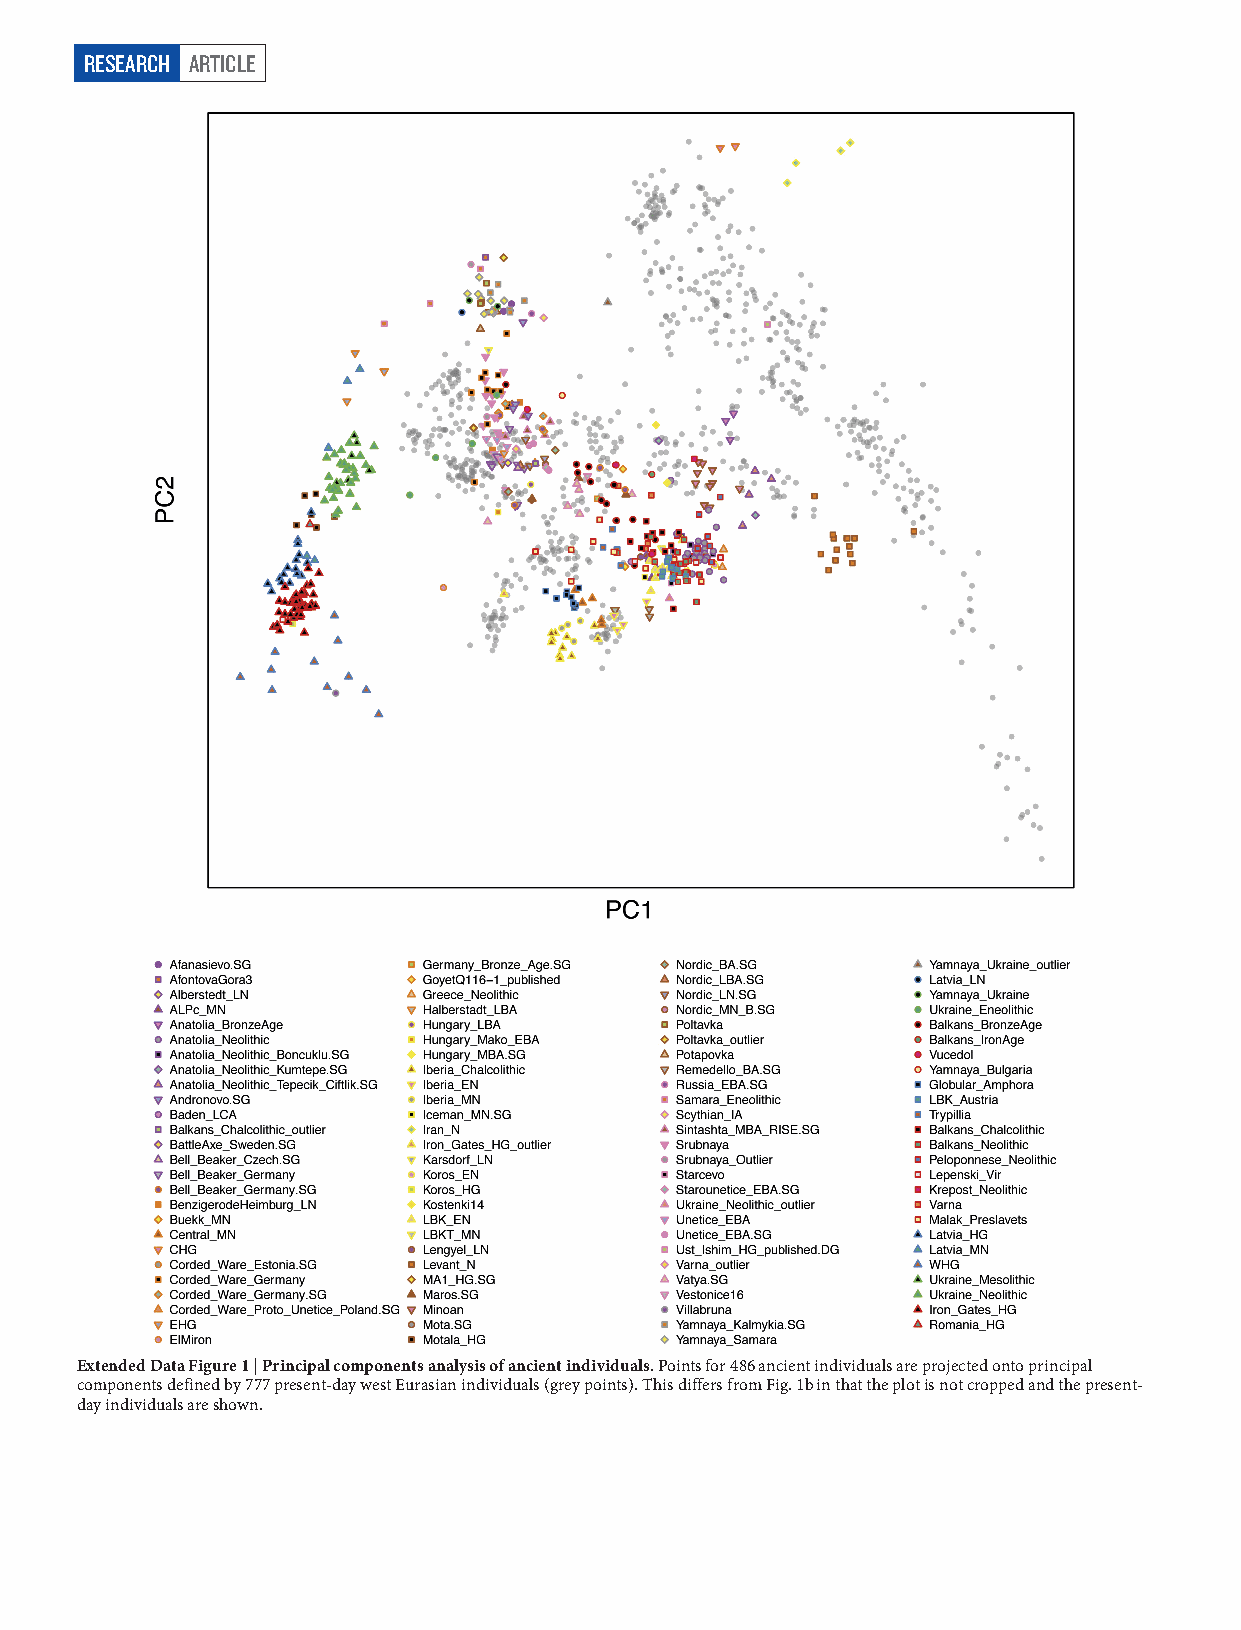
RESEARCH ARTICLE
 Extended Data Figure 1 | Principal components analysis of ancient individuals. Points for 486 ancient individuals are projected onto principal
 components defined by 777 present-day west Eurasian individuals (grey points). This differs from Fig. 1b in that the plot is not cropped and the present-
 day individuals are shown.